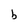
Character: b